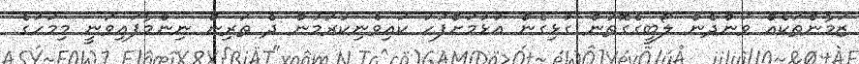
ޒަމާންތަކެއް ވަންދެން ލޯބީގެގޮތުން ގުޅިގެން އުޅުމަށްފަހު ކައިވެނިކުރަމުން ދެ ތަރިން ނިންމާފައިވަނީ މިމަހުގެ